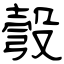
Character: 彀